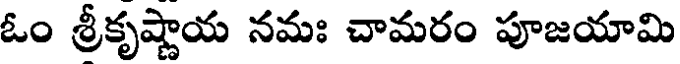
ఓం శ్రీకృష్ణాయ నమః చామరం పూజయామి